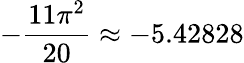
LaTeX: -\frac{11\pi^{2}}{20}\approx-5.42828